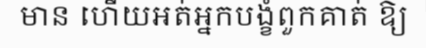
មាន ហើយអត់អ្នកបង្ខំពួកគាត់ ឱ្យ